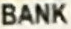
BANK